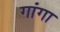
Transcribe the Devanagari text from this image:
गांगा